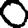
Digit: 0